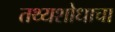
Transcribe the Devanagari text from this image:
तथ्यशोधाचा